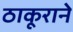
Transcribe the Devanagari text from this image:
ठाकूराने